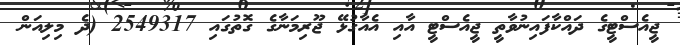
ޖީއެސްޓީގެ ދައްކާފައިނުވާތީ ޖީއެސްޓީ އާއި އެއާގުޅޭ ޖޫރިމަނާގެ ގޮތުގައި 2549317 (ދެ މިލިއަން